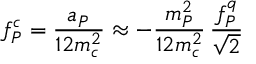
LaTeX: f _ { P } ^ { c } = \frac { a _ { P } } { 1 2 m _ { c } ^ { 2 } } \approx - \frac { m _ { P } ^ { 2 } } { 1 2 m _ { c } ^ { 2 } } \, \frac { f _ { P } ^ { q } } { \sqrt 2 }